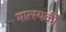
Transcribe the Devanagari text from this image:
मात्स्यकी